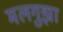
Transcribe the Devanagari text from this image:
मलगुझा